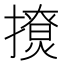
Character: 𰔬